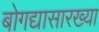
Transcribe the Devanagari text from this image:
बोगद्यासारख्या